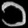
Digit: ၁